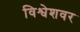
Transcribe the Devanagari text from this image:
विश्वेशवर